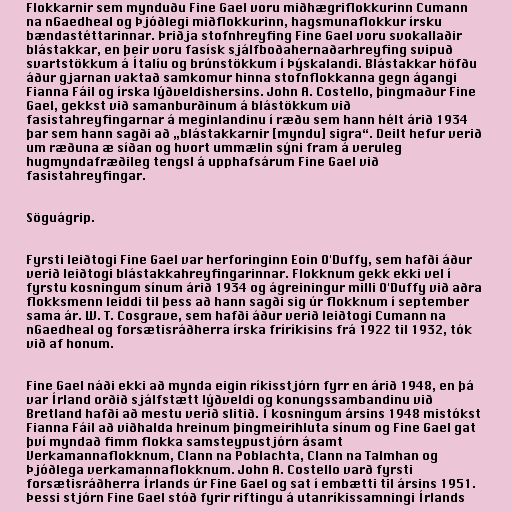
Flokkarnir sem mynduðu Fine Gael voru miðhægriflokkurinn Cumann
na nGaedheal og Þjóðlegi miðflokkurinn, hagsmunaflokkur írsku
bændastéttarinnar. Þriðja stofnhreyfing Fine Gael voru svokallaðir
blástakkar, en þeir voru fasísk sjálfboðahernaðarhreyfing svipuð
svartstökkum á Ítalíu og brúnstökkum í Þýskalandi. Blástakkar höfðu
áður gjarnan vaktað samkomur hinna stofnflokkanna gegn ágangi
Fianna Fáil og írska lýðveldishersins. John A. Costello, þingmaður Fine
Gael, gekkst við samanburðinum á blástökkum við
fasistahreyfingarnar á meginlandinu í ræðu sem hann hélt árið 1934
þar sem hann sagði að „blástakkarnir [myndu] sigra“. Deilt hefur verið
um ræðuna æ síðan og hvort ummælin sýni fram á veruleg
hugmyndafræðileg tengsl á upphafsárum Fine Gael við
fasistahreyfingar.

Söguágrip.

Fyrsti leiðtogi Fine Gael var herforinginn Eoin O'Duffy, sem hafði áður
verið leiðtogi blástakkahreyfingarinnar. Flokknum gekk ekki vel í
fyrstu kosningum sínum árið 1934 og ágreiningur milli O'Duffy við aðra
flokksmenn leiddi til þess að hann sagði sig úr flokknum í september
sama ár. W. T. Cosgrave, sem hafði áður verið leiðtogi Cumann na
nGaedheal og forsætisráðherra írska fríríkisins frá 1922 til 1932, tók
við af honum.

Fine Gael náði ekki að mynda eigin ríkisstjórn fyrr en árið 1948, en þá
var Írland orðið sjálfstætt lýðveldi og konungssambandinu við
Bretland hafði að mestu verið slitið. Í kosningum ársins 1948 mistókst
Fianna Fáil að viðhalda hreinum þingmeirihluta sínum og Fine Gael gat
því myndað fimm flokka samsteypustjórn ásamt
Verkamannaflokknum, Clann na Poblachta, Clann na Talmhan og
Þjóðlega verkamannaflokknum. John A. Costello varð fyrsti
forsætisráðherra Írlands úr Fine Gael og sat í embætti til ársins 1951.
Þessi stjórn Fine Gael stóð fyrir riftingu á utanríkissamningi Írlands